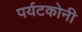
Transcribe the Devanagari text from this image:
पर्यटकोनी